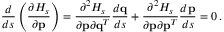
\frac { d } { d s } \left( \frac { \partial { \cal H } _ { s } } { \partial { \bf p } } \right) = \frac { \partial ^ { 2 } { \cal H } _ { s } } { \partial { \bf p } \partial { \bf q } ^ { T } } \frac { d { \bf q } } { d s } + \frac { \partial ^ { 2 } { \cal H } _ { s } } { \partial { \bf p } \partial { \bf p } ^ { T } } \frac { d { \bf p } } { d s } = 0 \, .